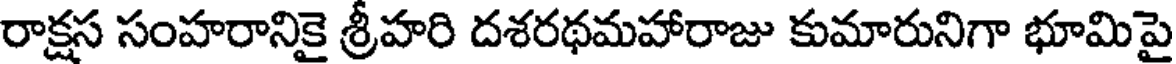
రాక్షస సంహరానికై శ్రీహరి దశరథమహారాజు కుమారునిగా భూమిపై